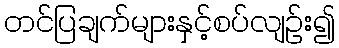
တင်ပြချက်များနှင့်စပ်လျဉ်း၍